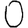
Digit: 0